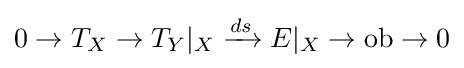
0\to T_{X}\to T_{Y}|_{X}\xrightarrow {ds} E|_{X}\to {\text{ob}}\to 0